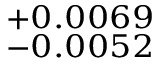
^ { + 0 . 0 0 6 9 } _ { - 0 . 0 0 5 2 }